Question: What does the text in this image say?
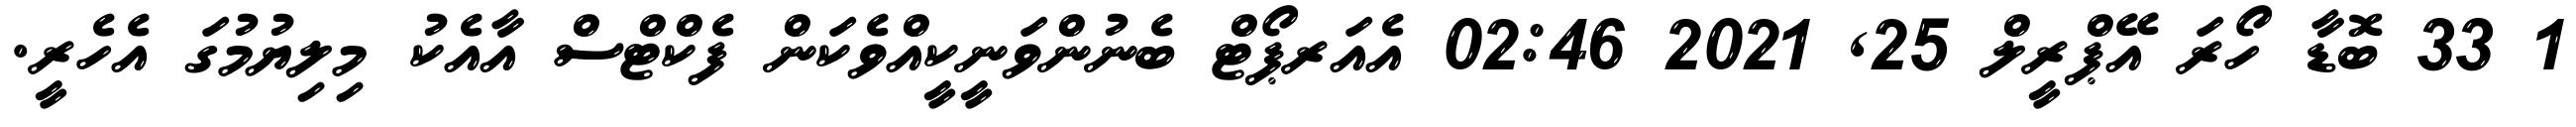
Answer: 1 33 ބޮޑާ ހޯރަ އޭޕްރީލް 25, 2021 02:46 އެއަރޕޯޓް ބެނުންވަނީކީއްވެކަން ފެކްޓްސް އާއެކު މިލިޔުމުގަ އެހެރީ.